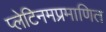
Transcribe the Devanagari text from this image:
प्लेटिनमप्रमाणित